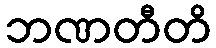
ဘဏတီတိ